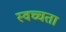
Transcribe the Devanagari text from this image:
स्वच्चता